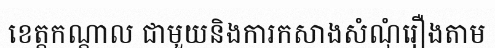
ខេត្តកណ្តាល ជាមួយនិងការកសាងសំណុំរឿងតាម